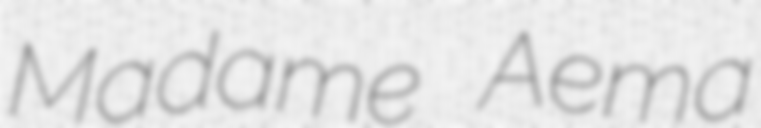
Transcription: Madame Aema